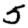
Digit: 5